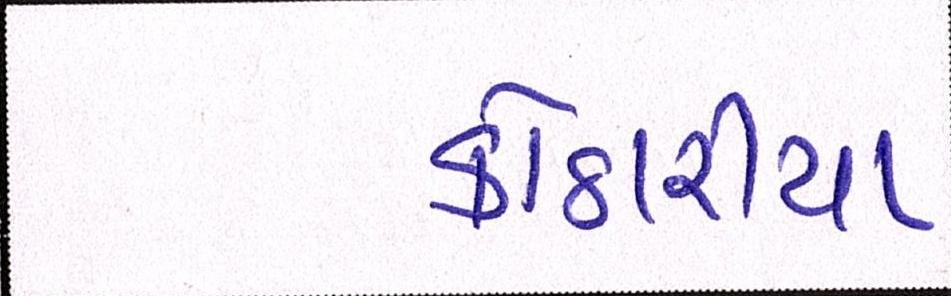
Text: કોઠારીયા